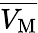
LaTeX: \overline{{V_{\mathrm M}}}